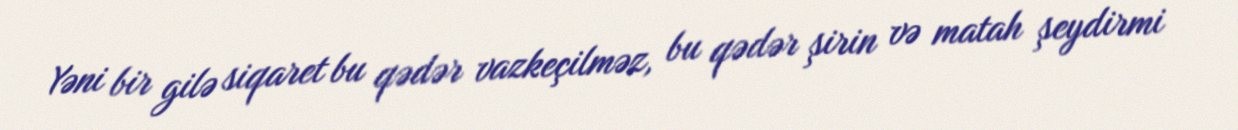
Yəni bir gilə siqaret bu qədər vazkeçilməz, bu qədər şirin və matah şeydirmi